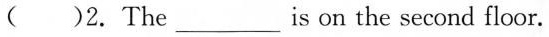
( )2.The___is on the second floor.